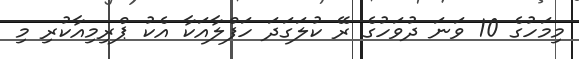
މިމަހުގެ 10 ވަނަ ދުވަހުގެ ރޭ ކުލަގަދަ ހަފްލާއަކާ އެކު ޕްރިމިއާކުރި މި